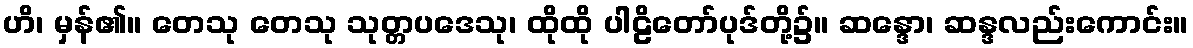
ဟိ၊ မှန်၏။ တေသု တေသု သုတ္တပဒေသု၊ ထိုထို ပါဠိတော်ပုဒ်တို့၌။ ဆန္ဒော၊ ဆန္ဒလည်းကောင်း။